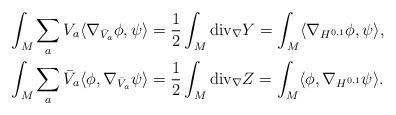
LaTeX: \begin{align*}\int_M \sum_a V_a\langle \nabla_{\bar V_a}\phi,\psi\rangle &=\frac12\int_M {\rm div}_\nabla Y =\int_M\langle\nabla_{H^{0,1}}\phi,\psi\rangle,\\\int_M \sum_a \bar V_a\langle \phi,\nabla_{\bar V_a}\psi\rangle &=\frac12\int_M {\rm div}_\nabla Z =\int_M\langle\phi,\nabla_{H^{0,1}}\psi\rangle.\end{align*}